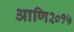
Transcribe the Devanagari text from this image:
आणि२०१५